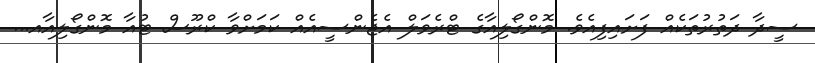
ސީދާ ދަތުރުތަކެއް ފަށައިފިއެވެ. މޮންގޯލިއާގެ ޓްރެވަލް އެޖެންސީއެއް ކަމަށްވާ ކްރޫސް ޓުއާ މޮންގޯލިއާއ...